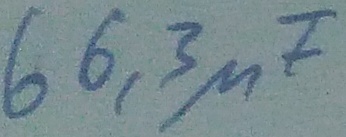
Text: 66,3µF